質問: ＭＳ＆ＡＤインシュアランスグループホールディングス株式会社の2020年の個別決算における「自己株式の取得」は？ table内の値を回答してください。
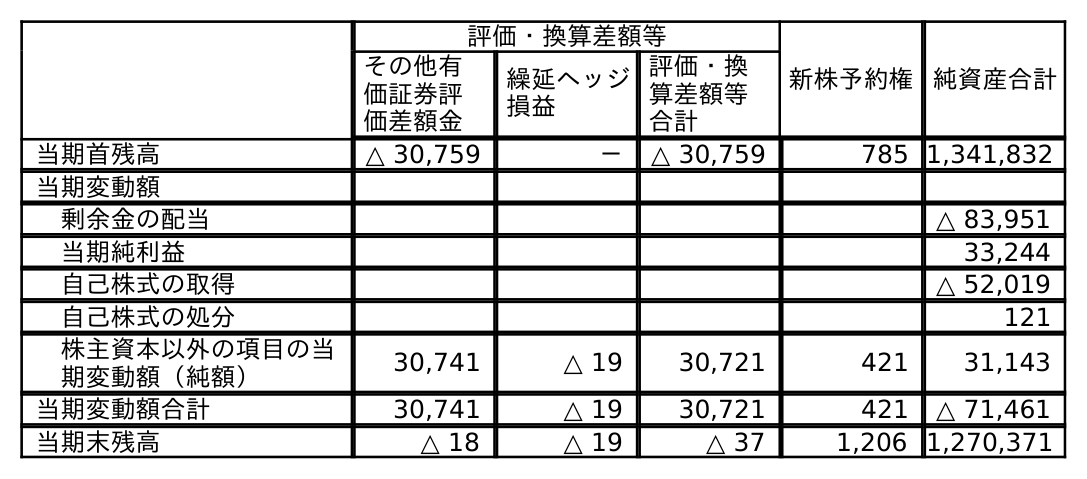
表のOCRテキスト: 評価・換算差額等 新株予約権純資産合計 その他有 価証券評 価差額金 繰延ヘッジ 損益 評価・換 算差額等 合計 当期首残高 △ 30,759 － △ 30,759 785 1,341,832 当期変動額 剰余金の配当 △ 83,951 当期純利益 33,244 自己株式の取得 △ 52,019 自己株式の処分 121 株主資本以外の項目の当 期変動額（純額） 30,741 △ 19 30,721 421 31,143 当期変動額合計 30,741 △ 19 30,721 421 △ 71,461 当期末残高 △ 18 △ 19 △ 37 1,206 1,270,371
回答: △52,019